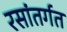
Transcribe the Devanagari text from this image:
रसांतर्गत